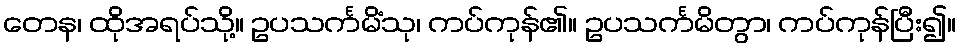
တေန၊ ထိုအရပ်သို့။ ဥပသင်္ကမိံသု၊ ကပ်ကုန်၏။ ဥပသင်္ကမိတွာ၊ ကပ်ကုန်ပြီး၍။